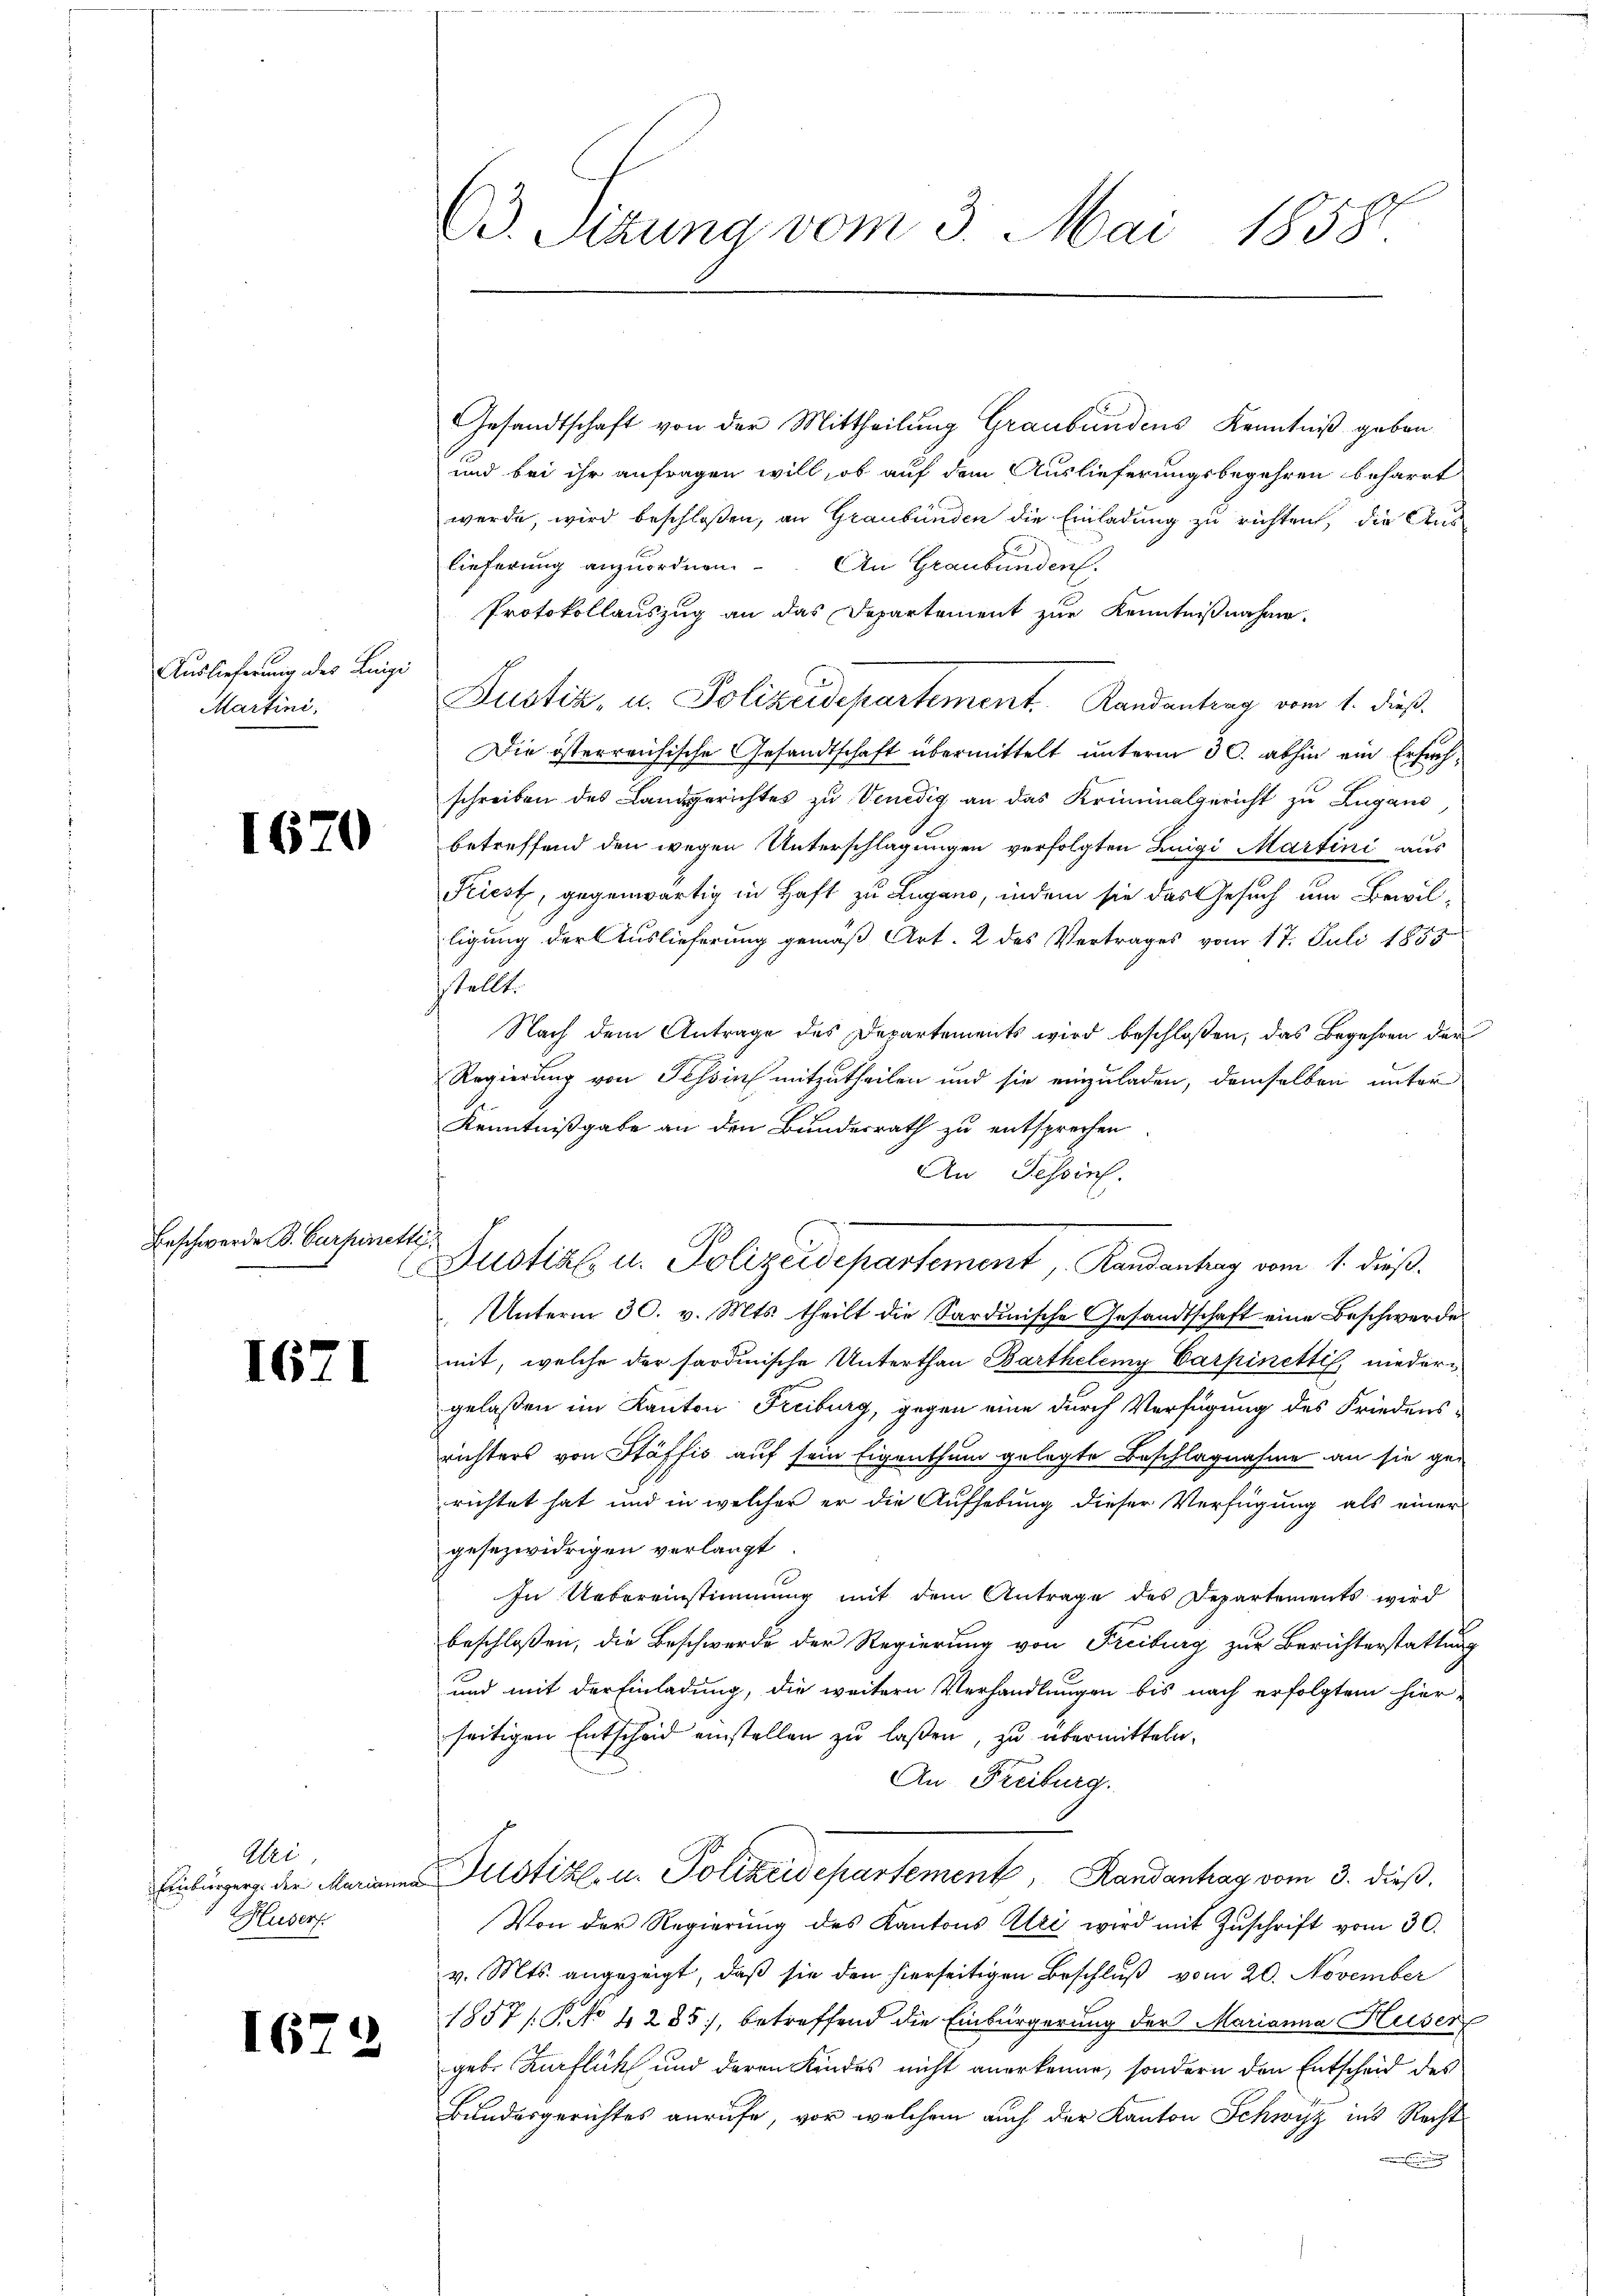
Auslieferung des Luigi
Martini.

1670

Beschwerde B. Curpinett

1671

Uri
Einburgerge der Marianna
Husers

1679

63. Serung vom 3. Mai 1858.

Gesandtschaft von der Mittheilung Graubündens Kenntniß geben
und bei ihr anfragen will, ob auf dem Auslieferungsbegehren beharrt
werde, wird beschloßen, an Graubünden die Einladung zu richten, die Aus-
lieferung anzuordnen.
An Graubünden.
Protokollauszug an das Departement zur Kenntnißnahme.
Justiz, u. Polizeidepartement. Kandantena vom 1. dieß,
Die österreichische Gesandtschaft übermittelt unterm 30. abhin ein Ersuchschreiben des Landgerichtes zu Venedig an das Kriminalgericht zu Zugano
betreffend den wegen Unterschlagungen verfolgten Luigi Martini aus
Kiest, gegenwärtig in Haft zu Lugano, indem sie das Gesuch um Bewilligung der Auslieferung gemäß Art. 2 des Vertrages vom 17. Juli 1855
sstellt.
Nach dem Antrage des Departements wird beschloßen, das Begehren der
Regierung von Tessin mitzutheilen und sie einzuladen, demselben unter
Kenntnißgabe an den Bundesrath zu entsprechen
An Tessin.
Unterm 30. v. Mts. theilt die Sardinische Gesandtschaft eine Beschwerdes
mit, welche der sardinische Unterthan Barthelemy Carpinetti, niedergelaßen im Kanton Freiburg, gegen eine durch Verfügung des Friedensrichters von Stäffis auf sein Eigenthum gelegte Beschlagnahme an sie ge-
richtet hat und in welcher er die Aufhebung dieser Verfügung als einer
gesezwidrigen verlangt.
In Uebereinstimmung mit dem Antrage des Departements wird
beschloßen, die Beschwerde der Regierung von Freiburg zur Berichterstattung
und mit der Einladung, die weitern Verhandlungen bis nach erfolgtem hier-
seitigen Entscheid einstellen zu laßen, zu übermitteln.
An Freiburg.
Justiz- u. Polizeidepartement, Randantag vom 3. dieß.
Von der Regierŭng des Kantons Uri wird mit Zŭschrift vom 30.
v. Mts. angezeigt, daß sie den hierseitigen Beschluß vom 20. November
1857/ P. No 1285), betreffend die Einbürgerung der Marianna Huser
geb. Kurflück und deren Kindes nicht anerkenne, sondern den Entscheid des
Bundesgerichtes anrufe, vor welchem auch der Kanton Schwyz ins Recht

6
Justial- u. Polizeidepartement, Randantrag vom 1. dieß.